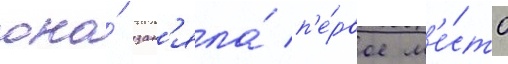
она́ зан'яла́ п'е́рвое м'е́сто